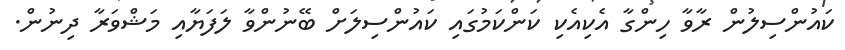
ކައުންސިލުން ރާވާ ހިންގާ އެކިއެކި ކަންކަމުގައި ކައުންސިލަށް ބޭނުންވާ ލަފަޔާއި މަޝްވަރާ ދިނުން.